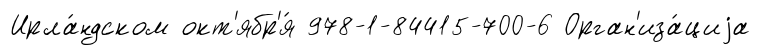
Ирла́ндском окт'ябр'я́ 978-1-84415-700-6 Орган'иза́циjа